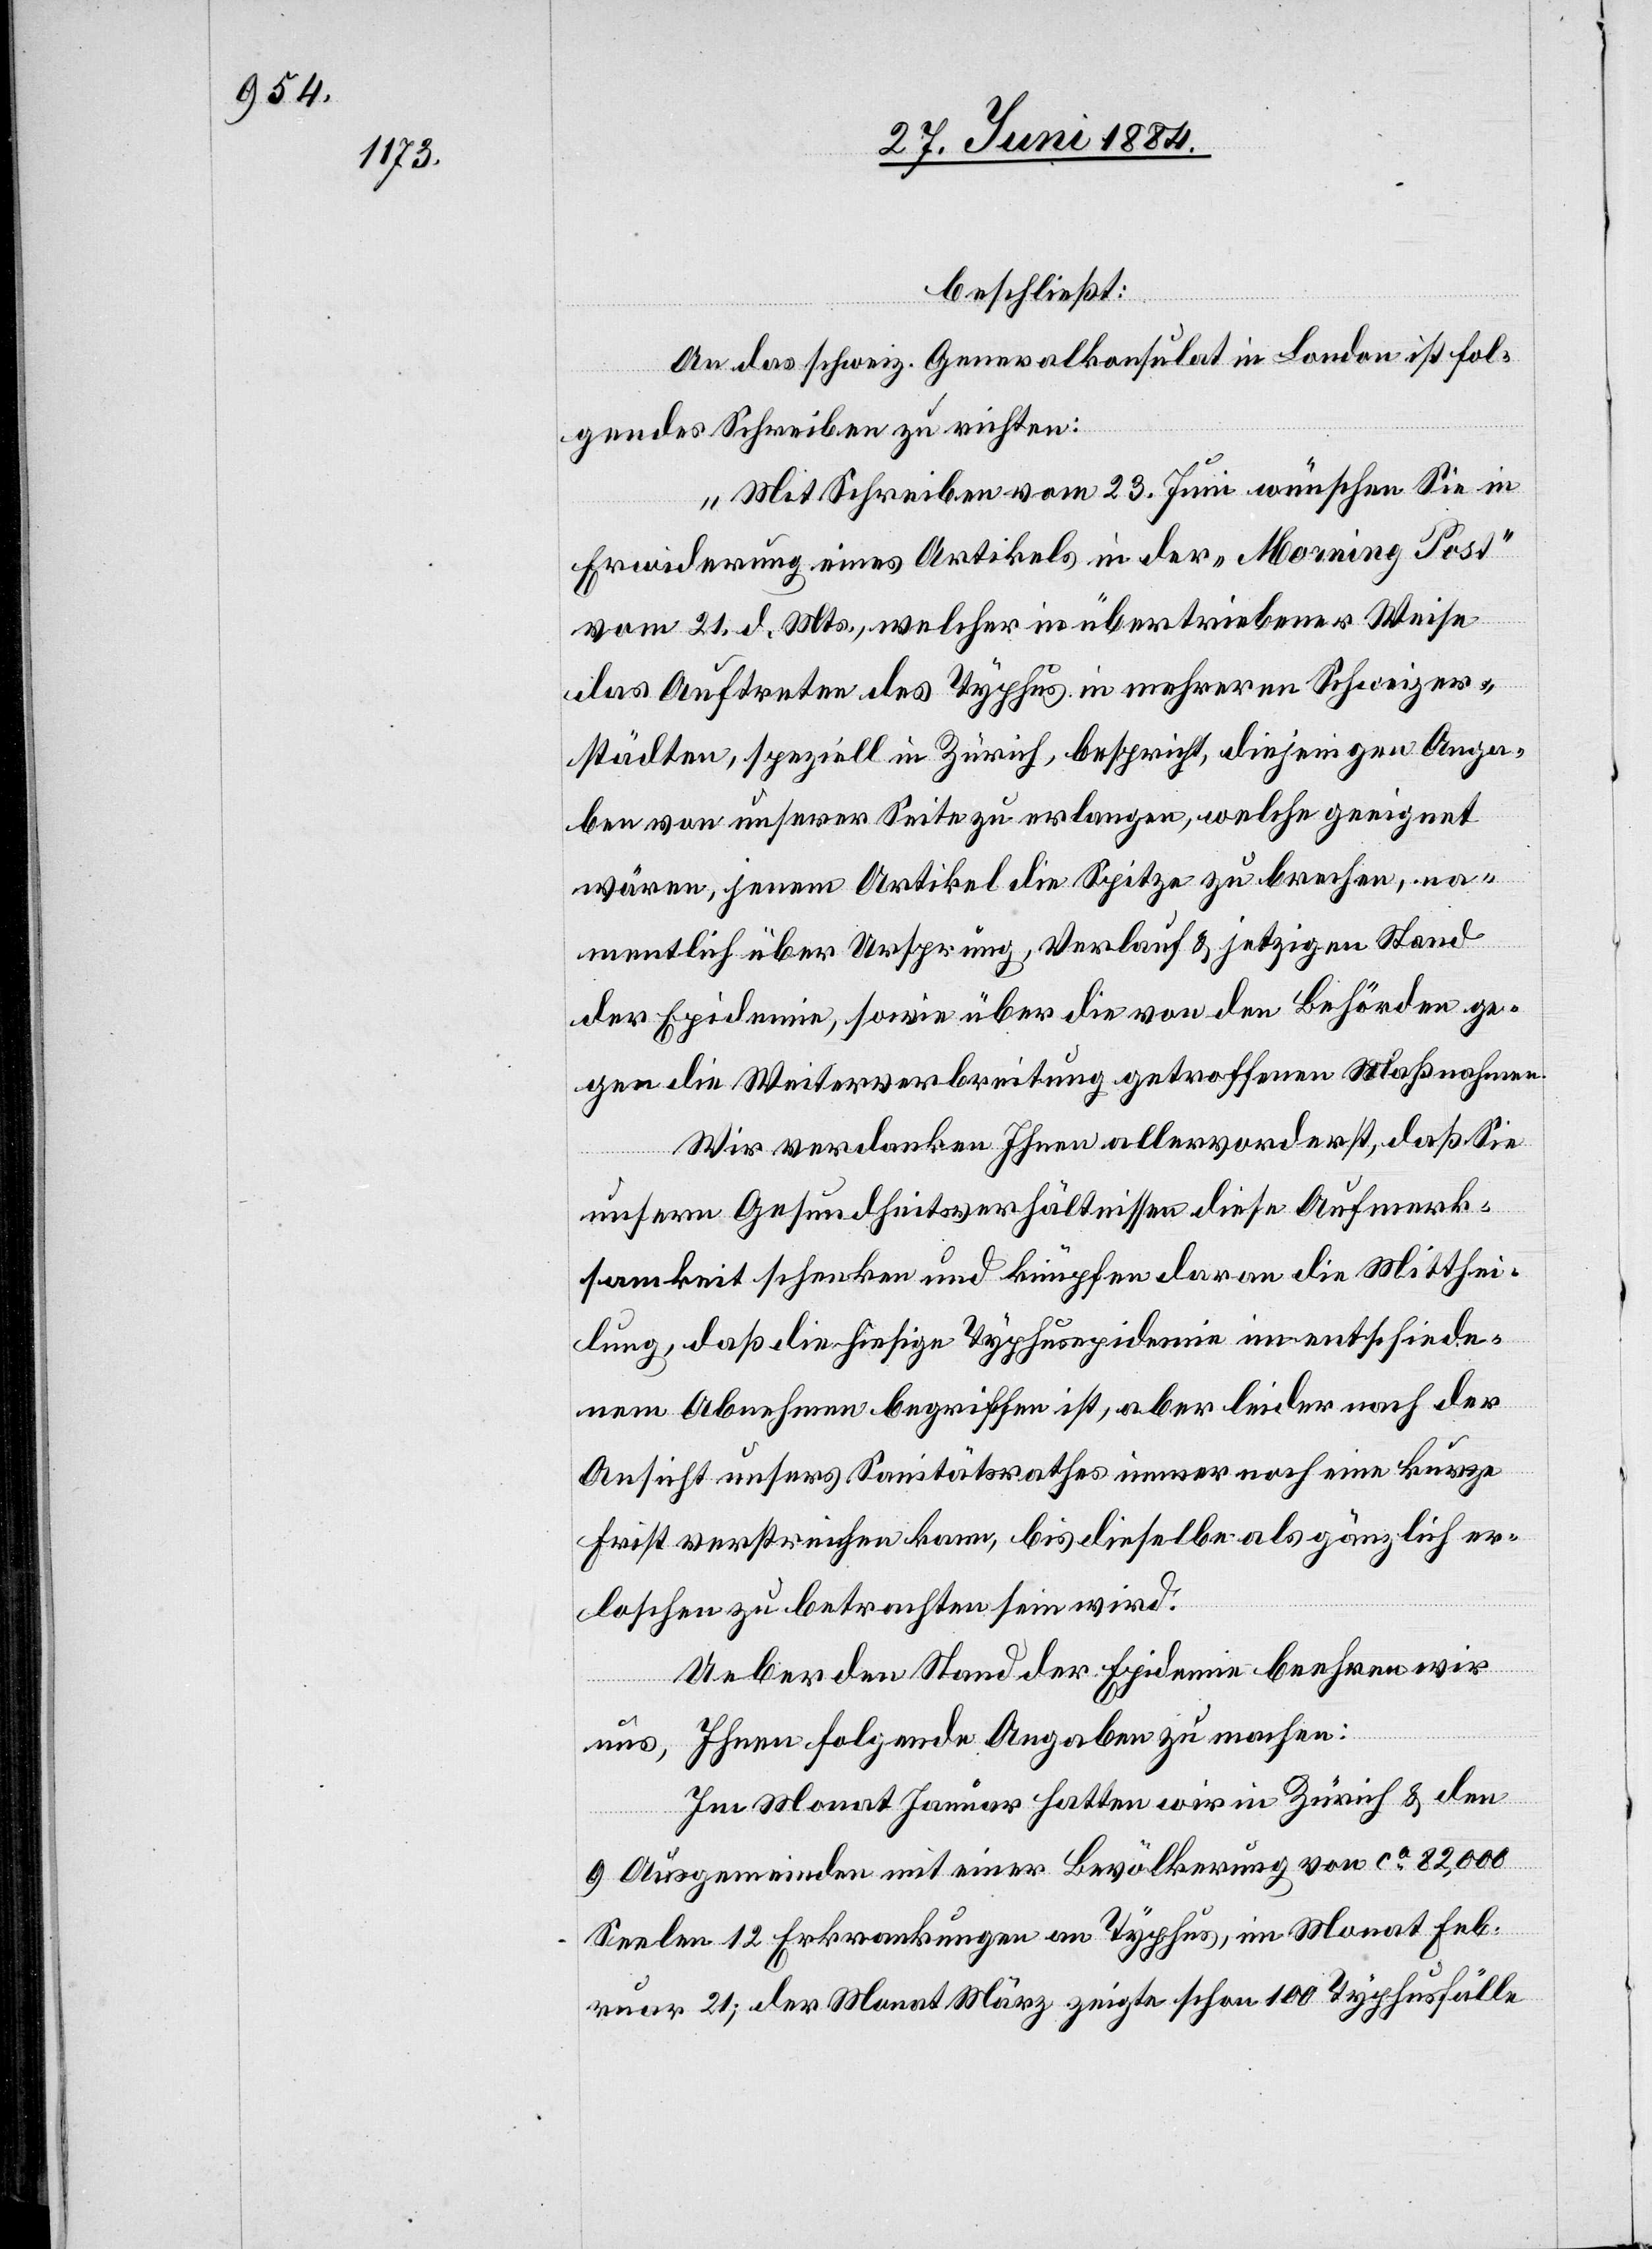
beschließt:
An das schweiz. Generalkonsulat in London ist fol¬
gendes Schreiben zu richten:
„Mit Schreiben vom 23. Juni wünschen Sie in
Erwiderung eines Artikels in der „Morning Post“
vom 21. d. Mts., welcher in übertriebener Weise
das Auftreten des Typhus in mehreren Schweizer¬
städten, speziell in Zürich, bespricht, diejenigen Anga¬
ben von unserer Seite zu erlangen, welche geeignet
wären, jenem Artikel die Spitze zu brechen, na¬
mentlich über Ursprung, Verlauf & jetzigen Stand
der Epidemie, sowie über die von den Behörden ge¬
gen die Weiterverbreitung getroffenen Maßnahmen.
Wir verdanken Ihnen allervorderst, daß Sie
unsere Gesundheitsverhältnisse diese Aufmerk¬
samkeit schenken und knüpfen daran die Mitthei¬
lung, daß die hiesige Typhusepidemie im entschiede¬
nem Abnehmen begriffen ist, aber leider nach der
Ansicht unseres Sanitätsrathes immer noch eine kurze
Frist verstreichen kann, bis dieselbe als gänzlich er¬
loschen zu betrachten sein wird.
Ueber den Stand der Epidemie beehren wir
uns, Ihnen folgende Angaben zu machen:
„Im Monat Januar hatten wir in Zürich & den
9 Ausgemeinden mit einer Bevölkerung von ca 82,000
Seelen 12 Erkrankungen an Typhus, im Monat Feb¬
ruar 21; der Monat März zeigt schon 100 Typhusfälle